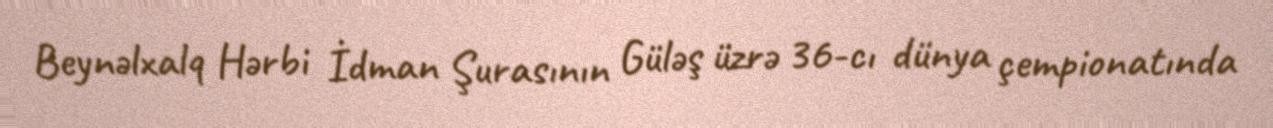
Beynəlxalq Hərbi İdman Şurasının Güləş üzrə 36-cı dünya çempionatında